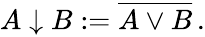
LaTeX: \begin{array}{r}{A\downarrow B:=\overline{{A\vee B}}\, .}\end{array}